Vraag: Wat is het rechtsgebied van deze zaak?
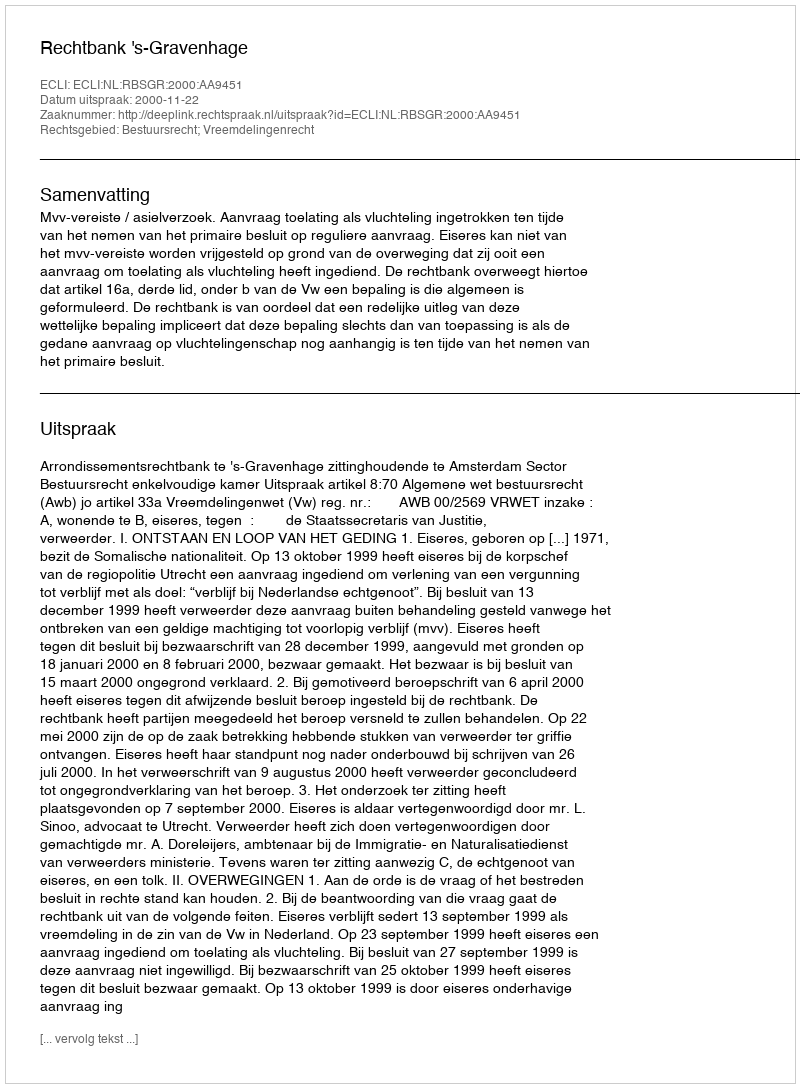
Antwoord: Bestuursrecht; Vreemdelingenrecht